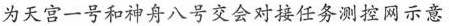
为天宫一号和神舟八号交会对接任务测控网示意